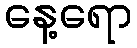
နေ့ရော